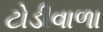
ટોડીવાળા